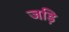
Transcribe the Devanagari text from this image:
जड़ि